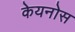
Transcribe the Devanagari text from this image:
केयनोस